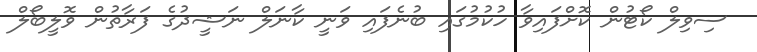
ސިވިލް ކޯޓުން ކޮށްފައިވާ ހުކުމުގައި ބުނެފައި ވަނީ ކާނަލް ނަޝީދުގެ ފަރާތުން ވޮލީބޯލް